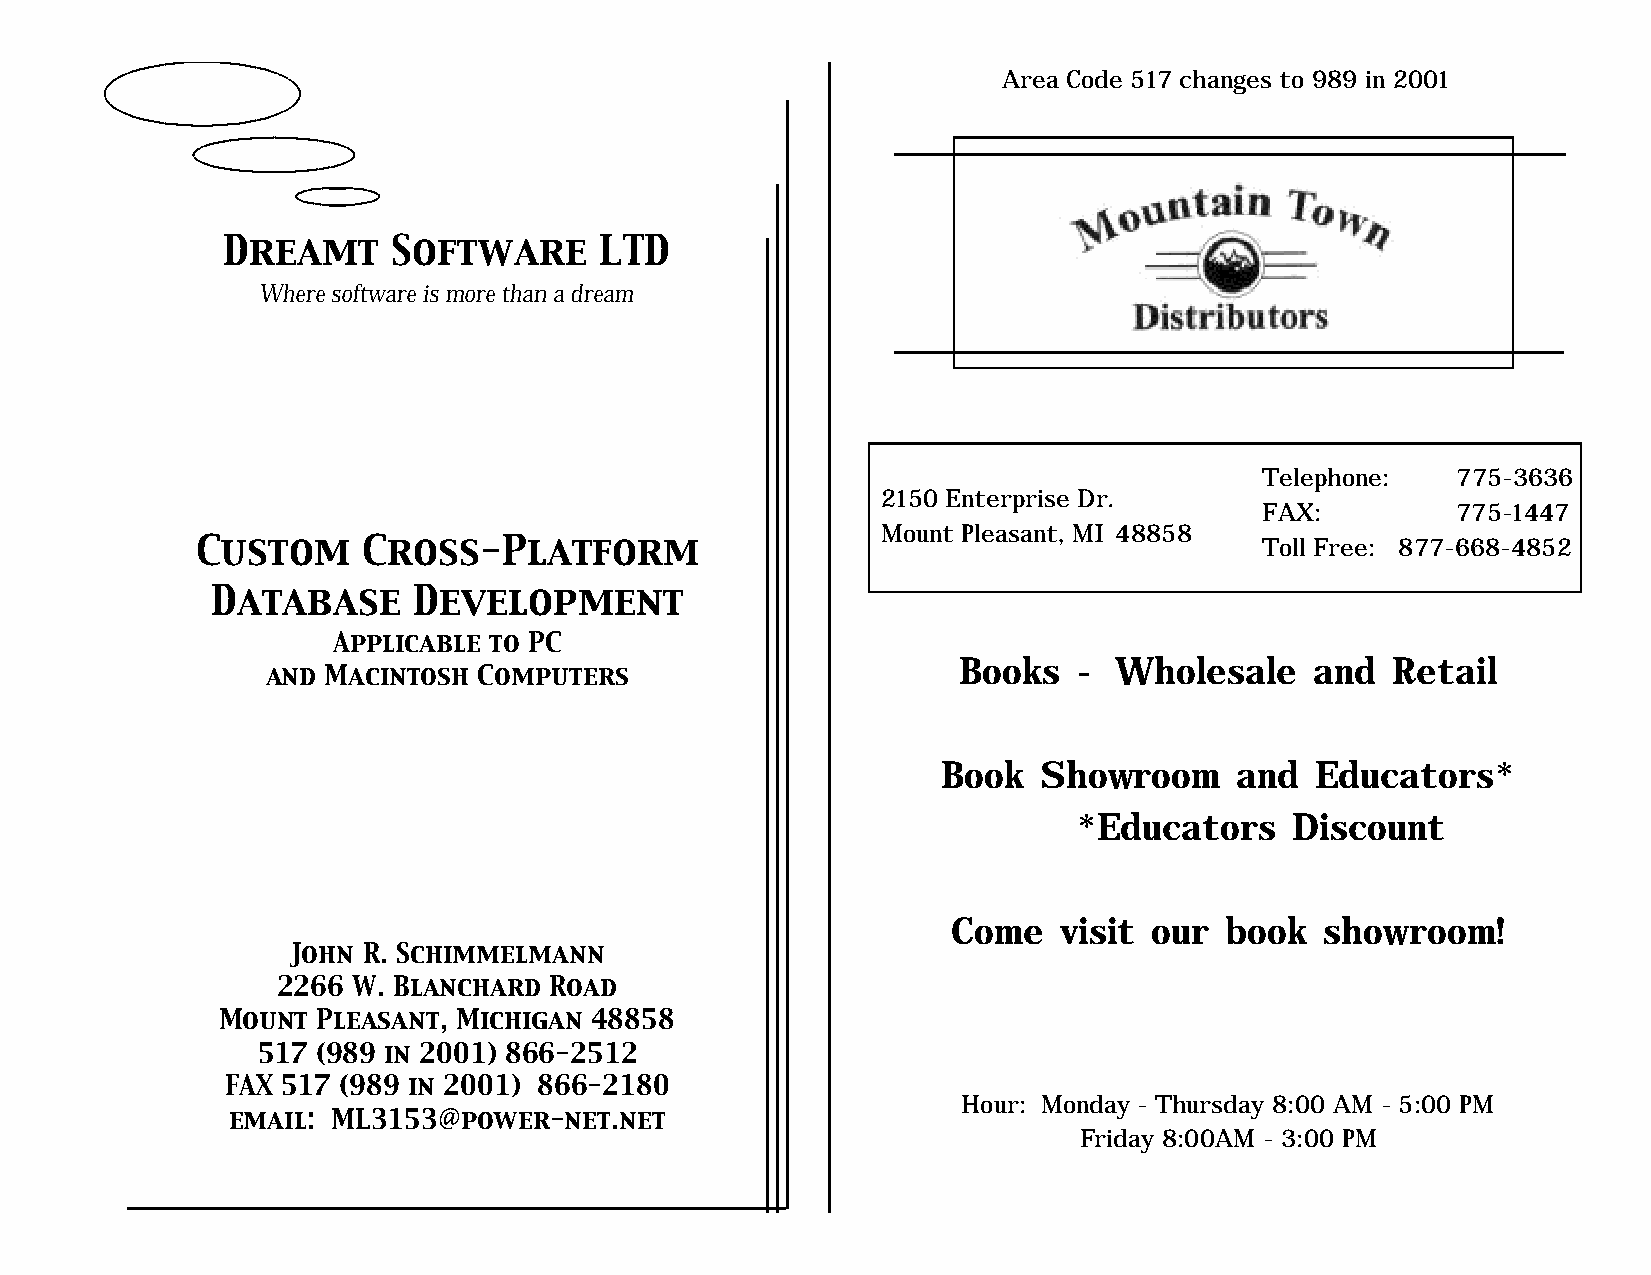
Area Code 517 changes to 989 in 2001
 Dreamt     Software      LTD
 Where software is more than a dream
 Telephone:  775-3636
 2150 Enterprise Dr.
 FAX:        775-1447
 Mount Pleasant, MI 48858
 Custom     Cross-Platform                                              Toll Free: 877-668-4852
 Database     Development
 Applicable to PC
 Books   -  Wholesale    and  Retail
 and Macintosh Computers
 Book   Showroom     and  Educators*
 *Educators     Discount
 Come   visit our  book   showroom!
 John R. Schimmelmann
 2266 W. Blanchard Road
 Mount  Pleasant, Michigan 48858
 517 (989 in 2001) 866-2512
 FAX 517 (989 in 2001) 866-2180
 Hour: Monday - Thursday 8:00 AM - 5:00 PM
 email: ML3153@power-net.net
 Friday 8:00AM - 3:00 PM